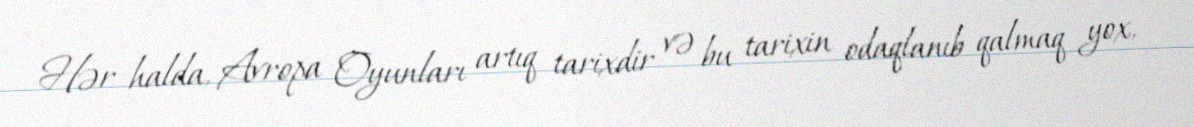
Hər halda, Avropa Oyunları artıq tarixdir və bu tarixin odaqlanıb qalmaq yox,